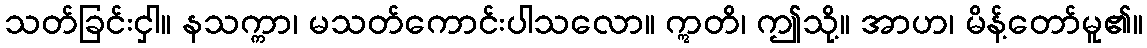
သတ်ခြင်းငှါ။ နသက္ကာ၊ မသတ်ကောင်းပါသလော။ ဣတိ၊ ဤသို့။ အာဟ၊ မိန့်တော်မူ၏။